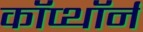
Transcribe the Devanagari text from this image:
कॉप्थॉर्न